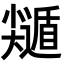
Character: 𡮽